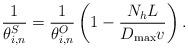
LaTeX: \begin{align*}\setlength{\abovedisplayskip}{5 pt}\setlength{\belowdisplayskip}{5 pt}\frac{1}{{\theta _{i,n}^S}} = \frac{1}{{\theta _{i,n}^O}}\left(1 - \frac{{{N_h}L}}{{{D_{\max }}v}}\right).\end{align*}